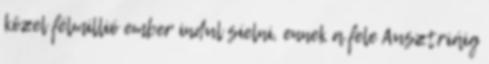
közel félmillió ember indul síelni, ennek a fele Ausztriáig